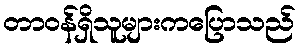
တာဝန်ရှိသူများကပြောသည်